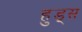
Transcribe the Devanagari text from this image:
हुड्स